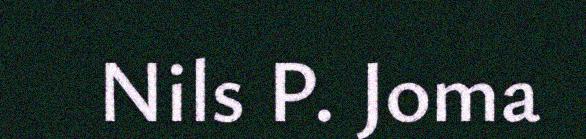
Nils P. Joma